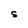
Character: S